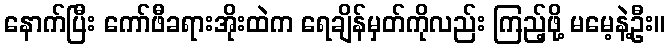
နောက်ပြီး ကော်ဖီခရားအိုးထဲက ရေချိန်မှတ်ကိုလည်း ကြည့်ဖို့ မမေ့နဲ့ဦး။